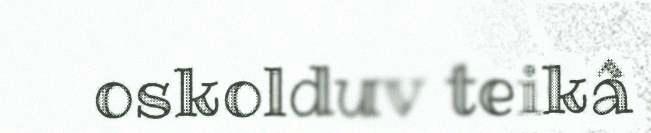
oskolduv teikâ